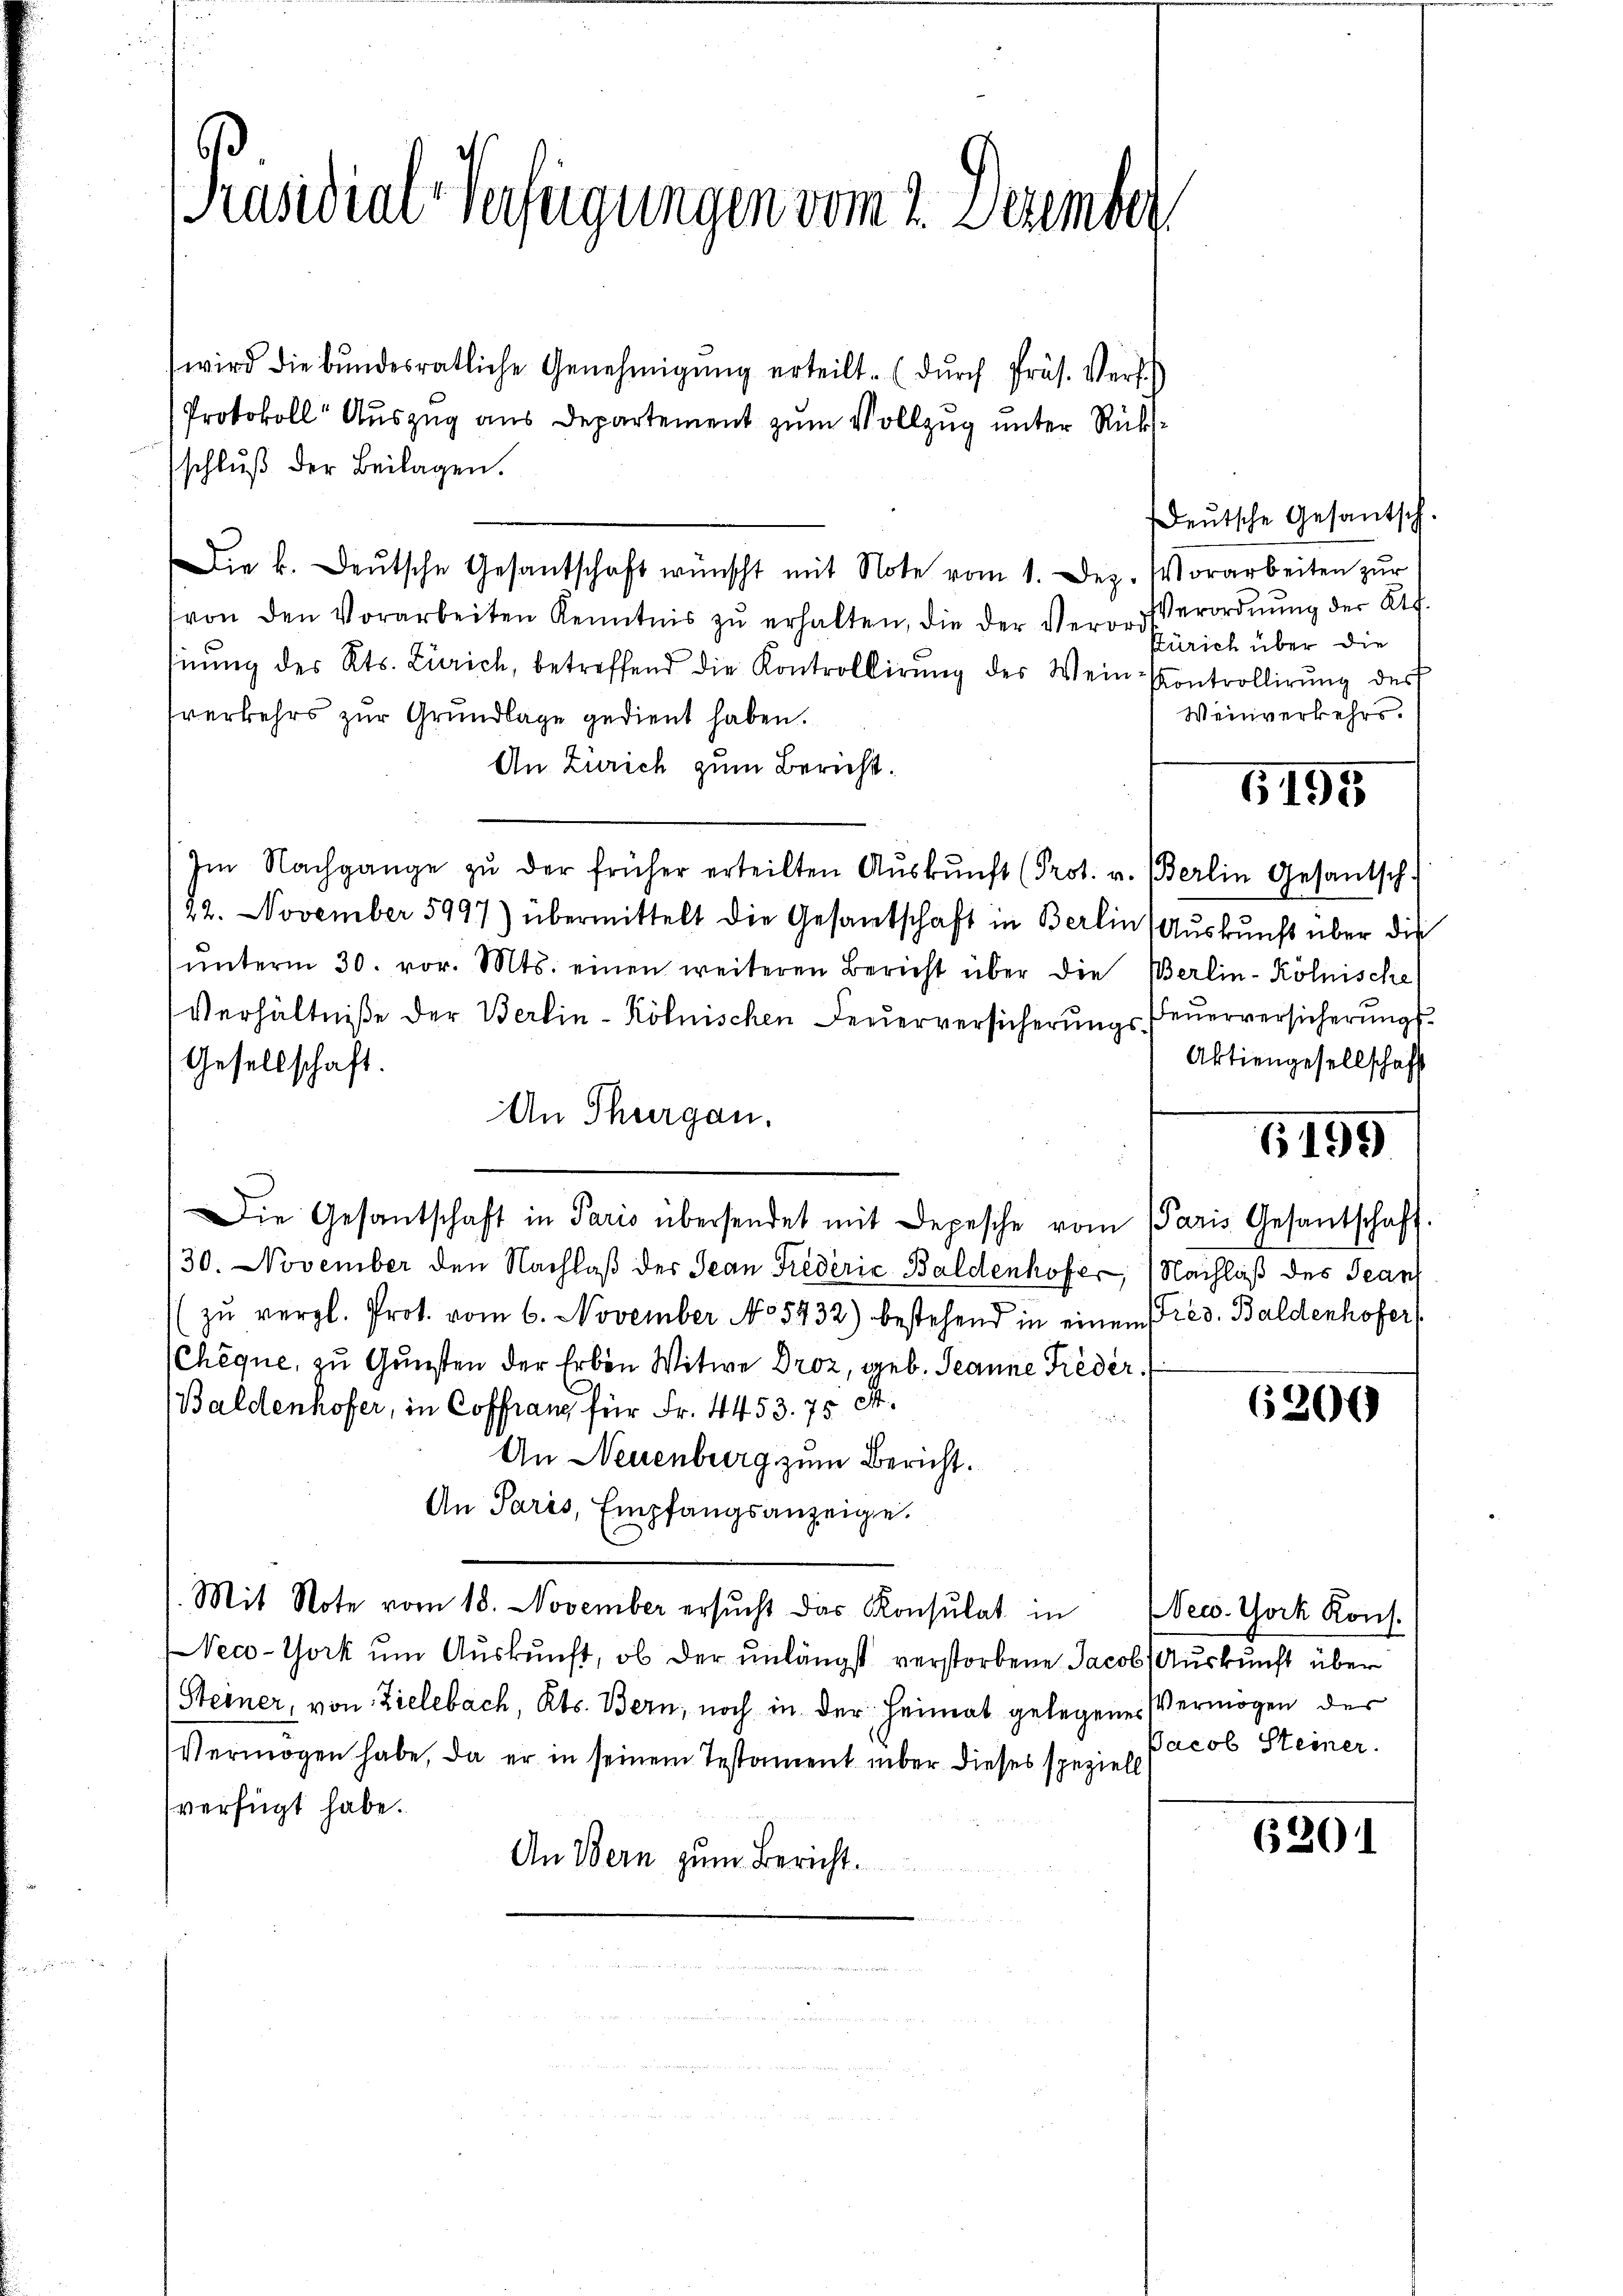
Präsidial-Verfügungen vom 2. Dezember

wird die bŭndesrätliche Genehmigŭng erteilt. (dŭrch Präs. Verf.
Protokoll Auszug aus Departement zum Vollzug unter Rücksschluß der Beilagen.
Die k. deŭtsche Gesantschaft wünscht mit Note vom 1. Dez. Vorarbeiten zŭr
von den Vorarbeiten Kenntnis zu erhalten, die der Verord
hnŭng des Kts. Zürich, betreffend die Kontrollirung des Wein-Controllirung des
tverkehrs zur Grundlage gedient haben.
An Zürich zum Bericht.
Im Nachgange zŭ der früher erteilten Aŭskŭnft (Prot. v. Berlin Gesantsch.
22. November 5997) übermittelt die Gesantschaft in Berlin, Aŭskŭnft über die
ŭnterm 30. vor. Mts. einen weiteren Bericht über die Berlin-Kölnische
Verhältniße der Berlin-Kölnischen Feuerversicherungs Feuerversicherungs¬
Gesellschaft.
An Thurgau.
Die Gesantschaft in Paris übersendet mit Depesche vom Paris Gesantschaft.
30. November den Nachlaß der Jean Friederić Baldenhofer, Nachlaß des Tean
zŭ vergl. Prot. vom 6. November No 5432) bestehend in einem Pres. Baldenhofer,
Cheque, zu Gunsten der Erben Witwe Droz, geb. Jeanne Frieder
Baldenhofer, in Corang für Fr. 4453. 75 S.
An Neuenburg zum Bericht.
An Paris, Empfangsanzeige.
Mit Note vom 18. November ersucht das Konsulat in
Neco-York um Auskunft, ob der unlängst verstorbene Jacob Auskunft über
Steiner, von Zielebach, Kts. Bern, noch in der Heimat gelegenes Vermögen der
Vermögen habe, da er in seinem Testament über dieses speziell
verfügt habe.
An Bern zum Bericht.

Deutsche Gesantsch.
Verordnung der Af.
Zürich über die
Weinverkehrs.

6195

Aktiengesellschaft

6195

6300

New York Kons.
Jacob Steiner.

6201